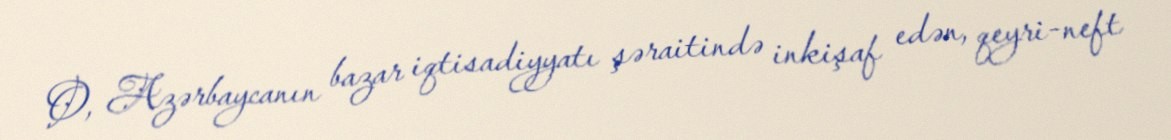
O, Azərbaycanın bazar iqtisadiyyatı şəraitində inkişaf edən, qeyri-neft